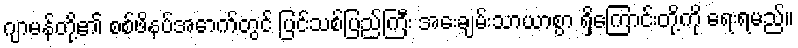
ဂျာမန်တို့၏ စစ်ဖိနပ်အောက်တွင် ပြင်သစ်ပြည်ကြီး အေးချမ်းသာယာစွာ ရှိကြောင်းတို့ကို ရေးရမည်။